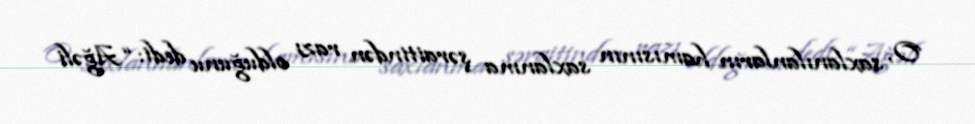
O, saxlanılanların hamısının saxlanma şəraitindən razı olduğunu dedi: “Ağəli